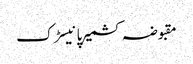
مقبوضہ کشمیرپانیسڑک